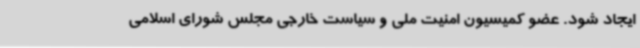
ایجاد شود. عضو کمیسیون امنیت ملی و سیاست خارجی مجلس شورای اسلامی